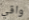
واقي